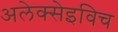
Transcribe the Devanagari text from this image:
अलेक्सेइविच